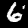
Label: 6